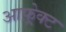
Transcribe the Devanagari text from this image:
आफ़्रेक्ट